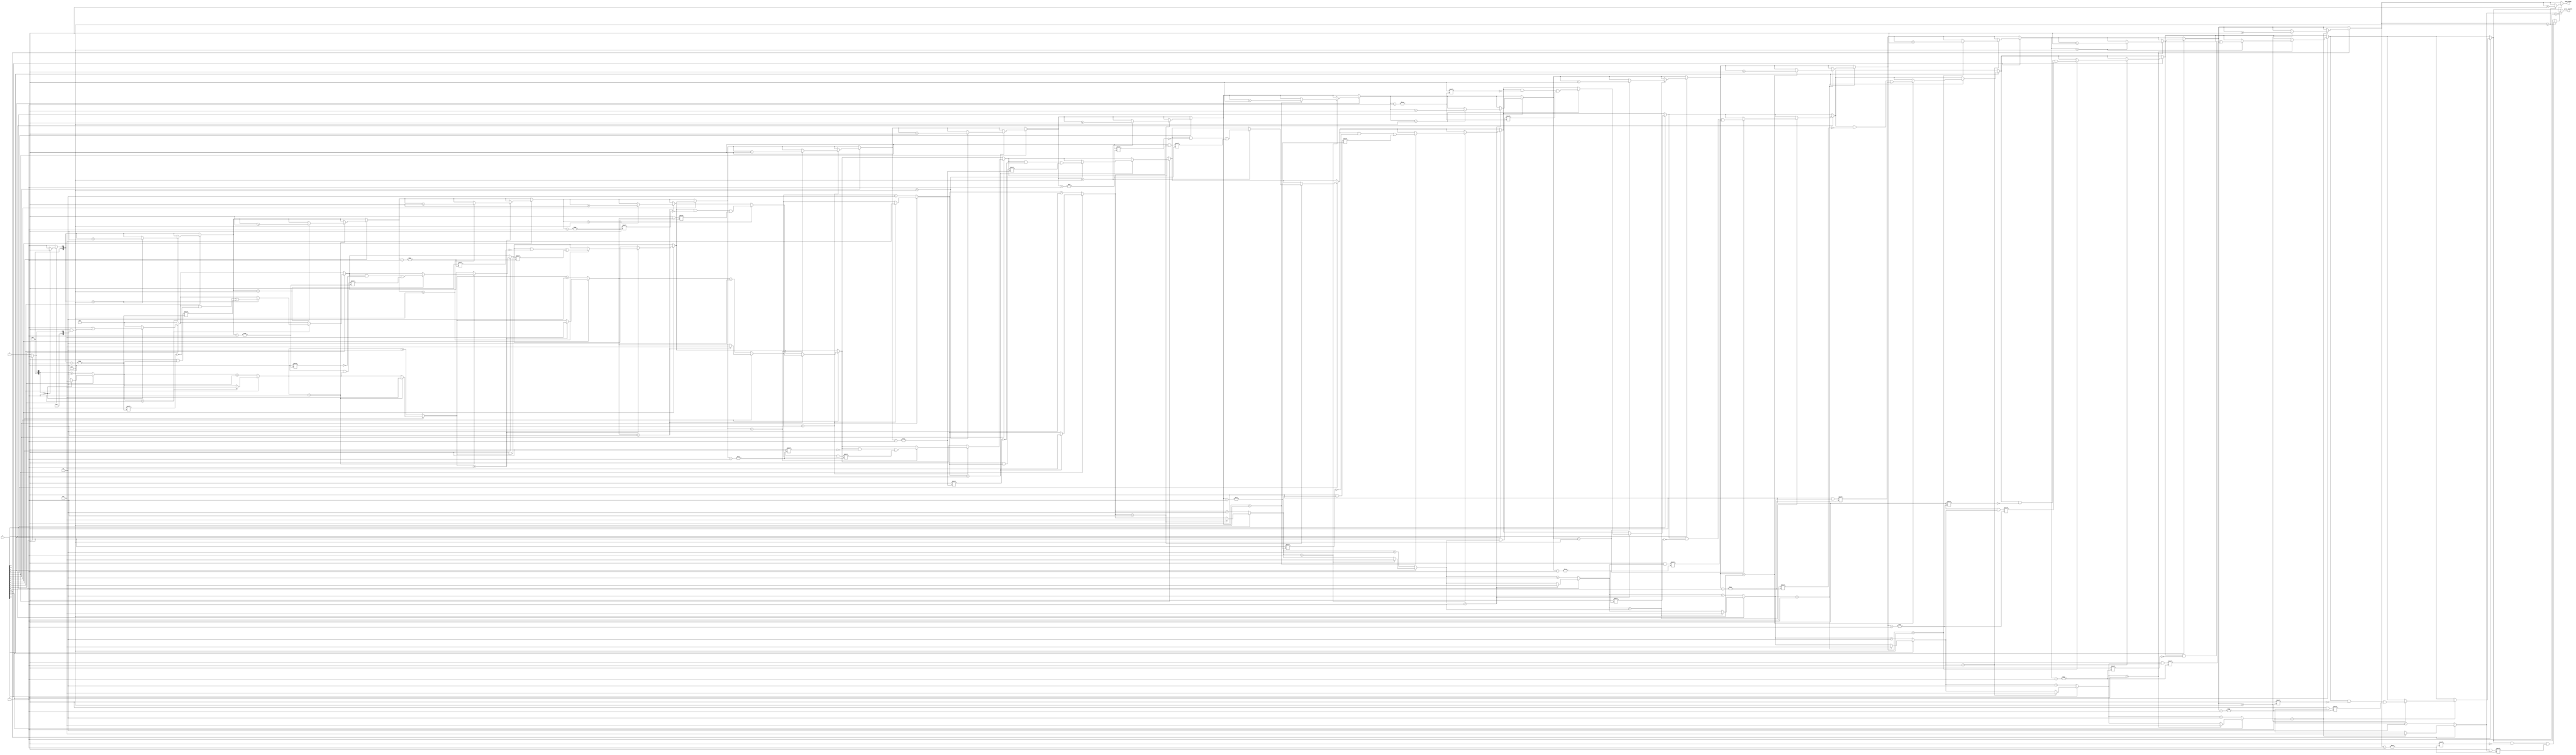
module group_zeros (
    input  wire [n-1:0] A,              // Input binary vector
    output reg  [m-1:0] group_lengths,   // Array output for group lengths
    output reg  [31:0] num_groups        // Output for the number of groups
);

parameter n = 16;              // Size of the input vector (example size)
parameter m = 8;               // Maximum number of groups of zeros (adjust as needed)

integer i;                     // Loop index
integer current_length;        // Temporary counter for current group length

// Combinational logic
always @* begin
    // Initialize outputs
    num_groups = 0;
    current_length = 0;
    group_lengths = 0; // Clear group_lengths array

    // Traverse the input vector
    for (i = 0; i < n; i = i + 1) begin
        if (A[i] == 1'b0) begin
            // Increment current length if we encounter a zero
            current_length = current_length + 1;
        end else begin
            // When a one is found and if there's an ongoing group of zeros
            if (current_length > 0) begin
                // Update group counts and lengths
                if (num_groups < m) begin
                    group_lengths[num_groups] = current_length;
                    num_groups = num_groups + 1;
                end
                // Reset current length for the next group
                current_length = 0;
            end
        end
    end

    // Final check in case the input ends with a group of zeros
    if (current_length > 0) begin
        if (num_groups < m) begin
            group_lengths[num_groups] = current_length;
            num_groups = num_groups + 1;
        end
    end
end

endmodule